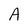
Character: A